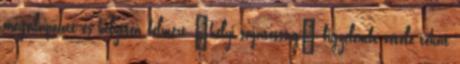
megalapozott és helyesen felmért „helyi sajátosság” figyelembe vétele tehát